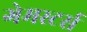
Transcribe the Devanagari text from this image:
गेमस्टर्स